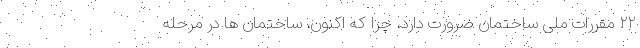
۲۲ مقررات ملی ساختمان ضرورت دارد، چرا که اکنون، ساختمان ها در مرحله